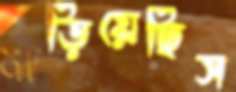
মাড়িয়েছিস